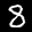
Label: 8